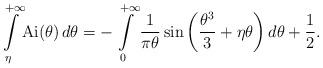
LaTeX: \begin{align*} \int\limits_{\eta}^{+\infty} \! \mathrm{Ai}(\theta)\, d\theta = -\int\limits_{0}^{+\infty} \frac{1}{\pi\theta} \sin \left( \frac{\theta^3}{3} + \eta\theta \right) d\theta + \frac{1}{2}. \end{align*}